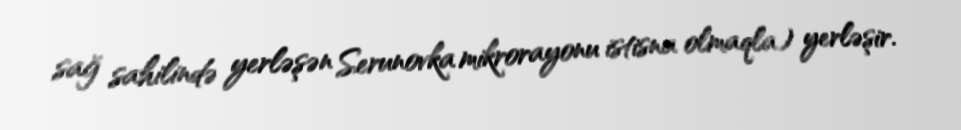
sağ sahilində yerləşən Serunovka mikrorayonu istisna olmaqla) yerləşir.